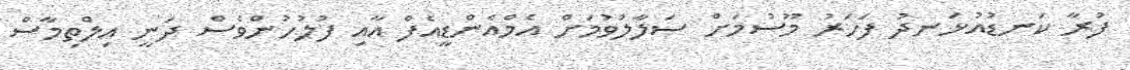
ފުރާ ކަނޑުއުޅަނދު ފަހަރު މޫސުމަށް ސަލާލުވުމަށް އެމްއެންޑީއެފް އާއި ފުލުހުންވެސް ދަނީ އިލްތިމާސް